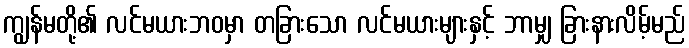
ကျွန်မတို့၏ လင်မယားဘဝမှာ တခြားသော လင်မယားများနှင့် ဘာမျှ ခြားနားလိမ့်မည်